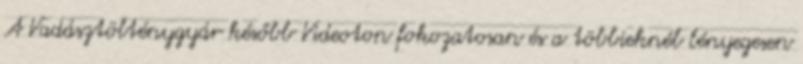
A Vadásztölténygyár később Videoton fokozatosan és a többieknél lényegesen